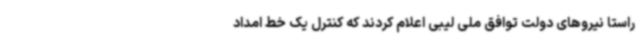
راستا نیروهای دولت توافق ملی لیبی اعلام کردند که کنترل یک خط امداد